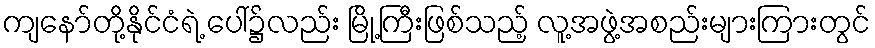
ကျနော်တို့နိုင်ငံရဲ့ ပေါ်၌လည်း မြို့ကြီးဖြစ်သည့် လူ့အဖွဲ့အစည်းများကြားတွင်